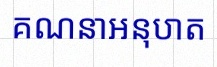
គណនាអនុបាត